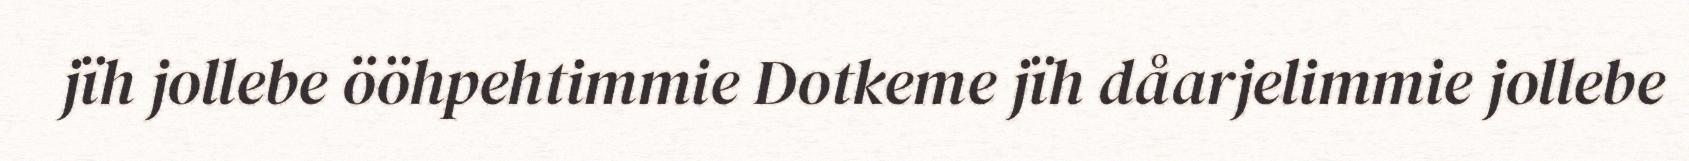
jïh jollebe ööhpehtimmie Dotkeme jïh dåarjelimmie jollebe